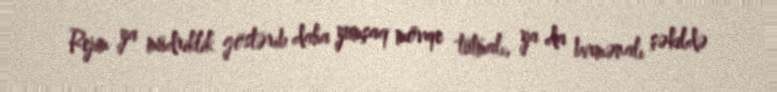
Rejim ya müdriklik göstərib daha yumşaq mövqe tutmalı, ya da birmənalı şəkildə